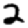
Digit: 2